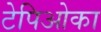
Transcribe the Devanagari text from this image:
टेपिओका